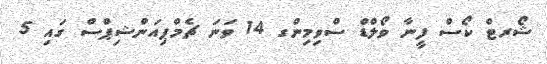
ޝޯރޓް ކޯސް ފީނާ ވޯލްޑް ސްވިމިންގ 14 ވަނަ ޗެމްޕިއަންޝިޕްސް ގައި 5